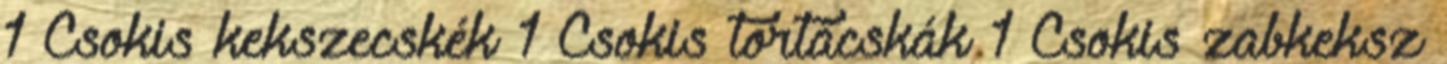
1 Csokis kekszecskék 1 Csokis tortácskák 1 Csokis zabkeksz